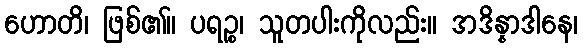
ဟောတိ၊ ဖြစ်၏။ ပရဉ္စ၊ သူတပါးကိုလည်း။ အဒိန္နာဒါနေ၊